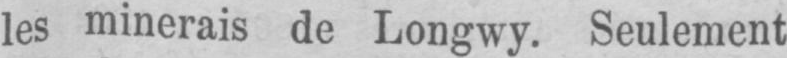
les minerais de Longwy. Seulement